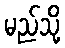
မည်သို့